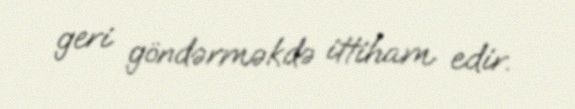
geri göndərməkdə ittiham edir.